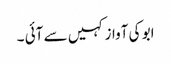
ابو کی آواز کہیں سے آئی ۔